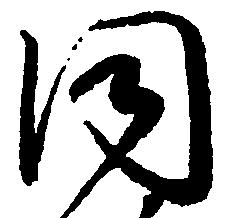
同